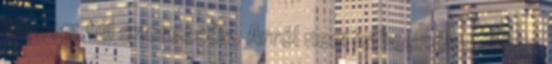
az nem túl szerecsés. Arról nem is beszélve, hogy